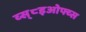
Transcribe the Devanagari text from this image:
व्स्८इओफ्व्स